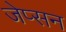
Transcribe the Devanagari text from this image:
जेप्सन